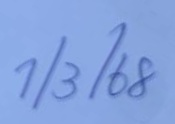
1/3/68